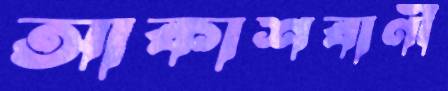
আকাশবাণী